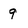
Character: 9